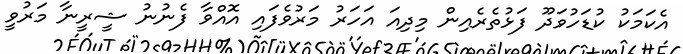
އެކަމަކު ކުޑަހުވަދޫ ފަޅުތެރެއިން މިދިއަ އަހަރު މަރުވެފައި އޮއްވާ ފެނުނު ޝީރީނާ މަރުވީ